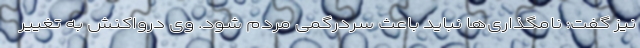
نیز گفت: نامگذاری‌ها نباید باعث سردرگمی مردم شود. وی درواکنش به تغییر